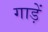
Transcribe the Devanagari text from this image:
गाड़ें